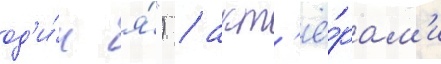
од'и́н я́") / акт'ё́рам'и